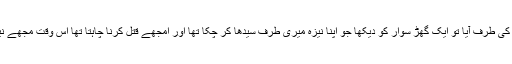
زمین کھود کر میں نے بھائی کو دفن کر دیا اور میدان کی طرف آیا تو ایک گھڑ سوار کو دیکھا جو اپنا نیزہ میری طرف سیدھا کر چکا تھا اور امجھے قتل کرنا چاہتا تھا اس وقت مجھے نیند آگئی جب میں بیدار ہوا تو وہ گھڑ وار وہاں نہیں تھا۔